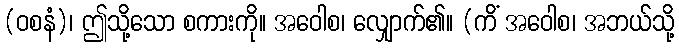
(ဝစနံ)၊ ဤသို့သော စကားကို။ အဝေါစ၊ လျှောက်၏။ (ကိံ အဝေါစ၊ အဘယ်သို့